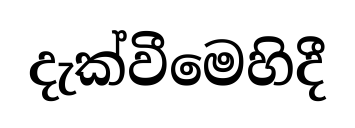
දැක්වීමෙහිදී